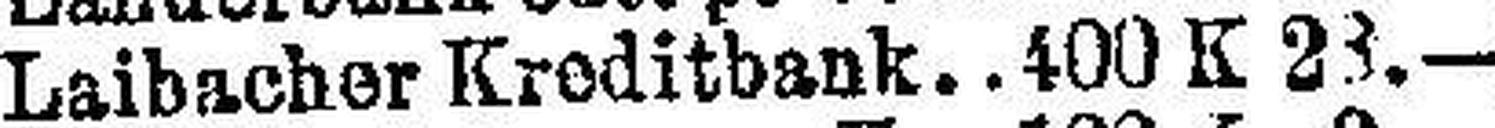
Laibacher Kreditbank 400 K 23.—